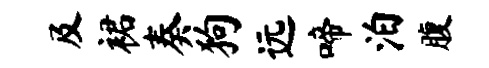
及裙奏狗远啼泊腹